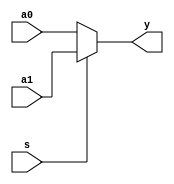
`timescale 1ns / 1ps
//////////////////////////////////////////////////////////////////////////////////
// Company: 
// Engineer: 
// 
// Design Name: 
// Module Name: MUX2X32
// Project Name: 
// Target Devices: 
// Tool Versions: 
// Description: 
// 
// Dependencies: 
// 
// Revision:
// Revision 0.01 - File Created
// Additional Comments:
// 
//////////////////////////////////////////////////////////////////////////////////


module MUX2X32(a1,a0,s,y);
    input [31:0]a0,a1;
    input s;
    output [31:0]y;
    assign y = s ? a1:a0;
endmodule